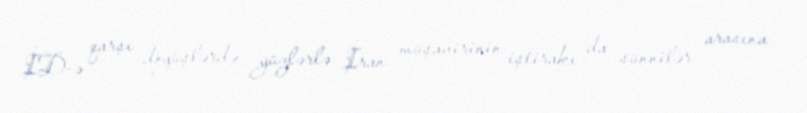
İD-ə qarşı döyüşlərdə yüzlərlə İran müşavirinin iştirakı da sünnilər arasına